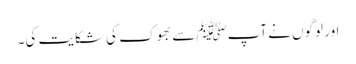
اور لوگوں نے آپﷺ سے بھوک کی شکایت کی۔